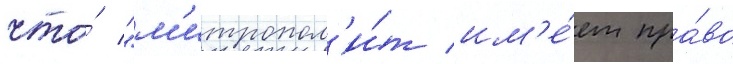
что́ "м'итропол'и́т им'е́ет пра́во